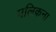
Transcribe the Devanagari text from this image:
मलिकना